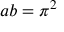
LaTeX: a b = \pi ^ { 2 }